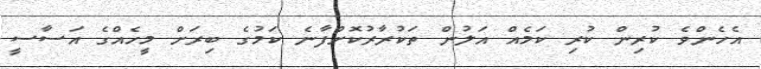
އެހެންވެ ކުރިން ކުރި ކަމެއް އަލުން ތަކުރާރުކޮށްފާނެ ކަމުގެ ބިރަށް މީހެއްގެ އަސާސީ